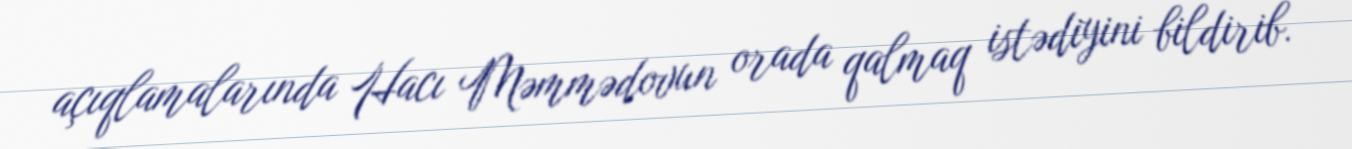
açıqlamalarında Hacı Məmmədovun orada qalmaq istədiyini bildirib.